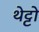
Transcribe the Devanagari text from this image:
थेट्टो